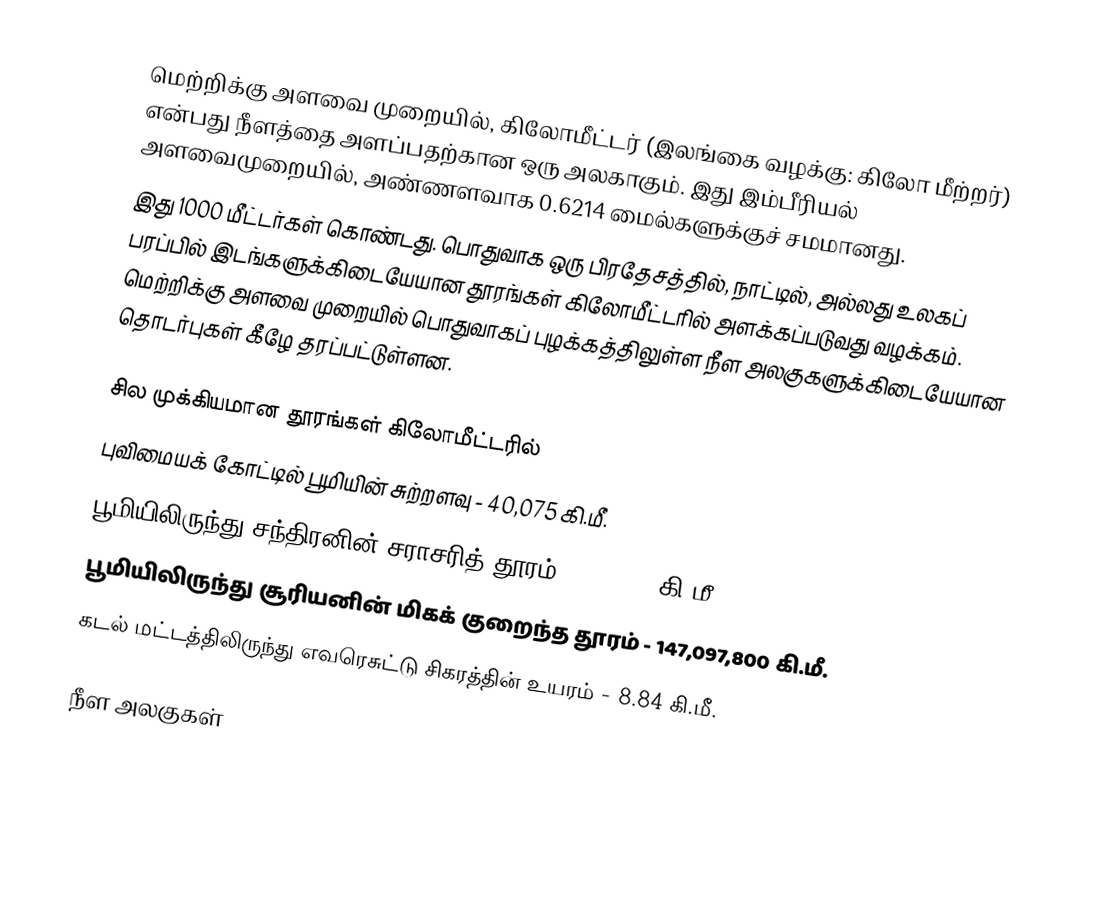
மெற்றிக்கு அளவை முறையில், கிலோமீட்டர் (இலங்கை வழக்கு: கிலோ மீற்றர்) என்பது நீளத்தை அளப்பதற்கான ஒரு அலகாகும். இது இம்பீரியல் அளவைமுறையில், அண்ணளவாக 0.6214 மைல்களுக்குச் சமமானது.
இது 1000 மீட்டர்கள் கொண்டது. பொதுவாக ஒரு பிரதேசத்தில், நாட்டில், அல்லது உலகப் பரப்பில் இடங்களுக்கிடையேயான தூரங்கள் கிலோமீட்டரில் அளக்கப்படுவது வழக்கம். மெற்றிக்கு அளவை முறையில் பொதுவாகப் புழக்கத்திலுள்ள நீள அலகுகளுக்கிடையேயான தொடர்புகள் கீழே தரப்பட்டுள்ளன.

சில முக்கியமான தூரங்கள் கிலோமீட்டரில்
 புவிமையக் கோட்டில் பூமியின் சுற்றளவு - 40,075 கி.மீ.
 பூமியிலிருந்து சந்திரனின் சராசரித் தூரம் - 238,854 கி.மீ.
 பூமியிலிருந்து சூரியனின் மிகக் குறைந்த தூரம் - 147,097,800 கி.மீ.
 கடல் மட்டத்திலிருந்து எவரெசுட்டு சிகரத்தின் உயரம் - 8.84 கி.மீ.

நீள அலகுகள்